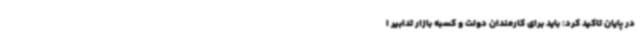
در پایان تاکید کرد: باید برای کارمندان دولت و کسبه بازار تدابیر ا